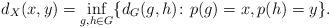
LaTeX: \begin{align*} d_{X}(x,y)=\inf_{g,h\in G}\{d_{G}(g,h)\colon p(g)=x, p(h)=y\}. \end{align*}